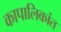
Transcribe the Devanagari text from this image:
कापालिकांत